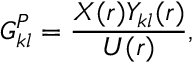
\boldsymbol { G _ { k l } ^ { P } } = \frac { X ( r ) Y _ { k l } ( r ) } { U ( r ) } ,